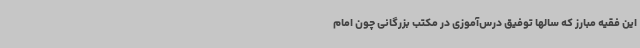
این فقیه مبارز که سالها توفیق درس‌آموزی در مکتب بزرگانی چون امام